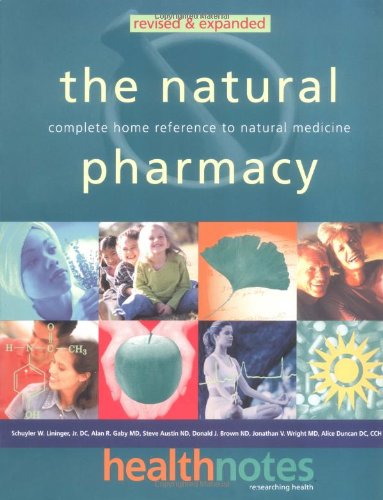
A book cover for The Natural Pharmacy: Complete Home Reference to Natural Medicine; Schuyler W. Lininger J.R.  D.C.; Health, Fitness & Dieting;